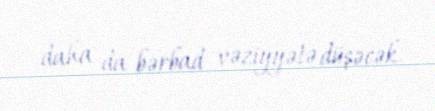
daha da bərbad vəziyyətə düşəcək.